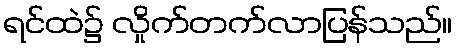
ရင်ထဲ၌ လှိုက်တက်လာပြန်သည်။